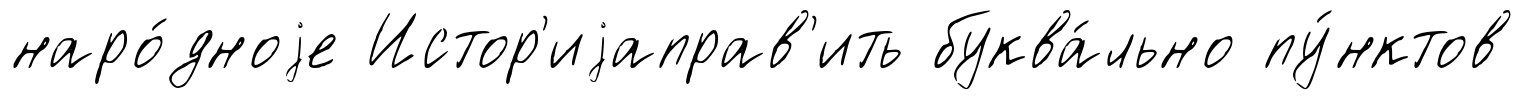
наро́дноjе Истор'иjаправ'ить буква́льно пу́нктов